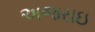
અજરાઇ